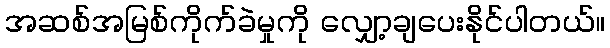
အဆစ်အမြစ်ကိုက်ခဲမှုကို လျှော့ချပေးနိုင်ပါတယ်။